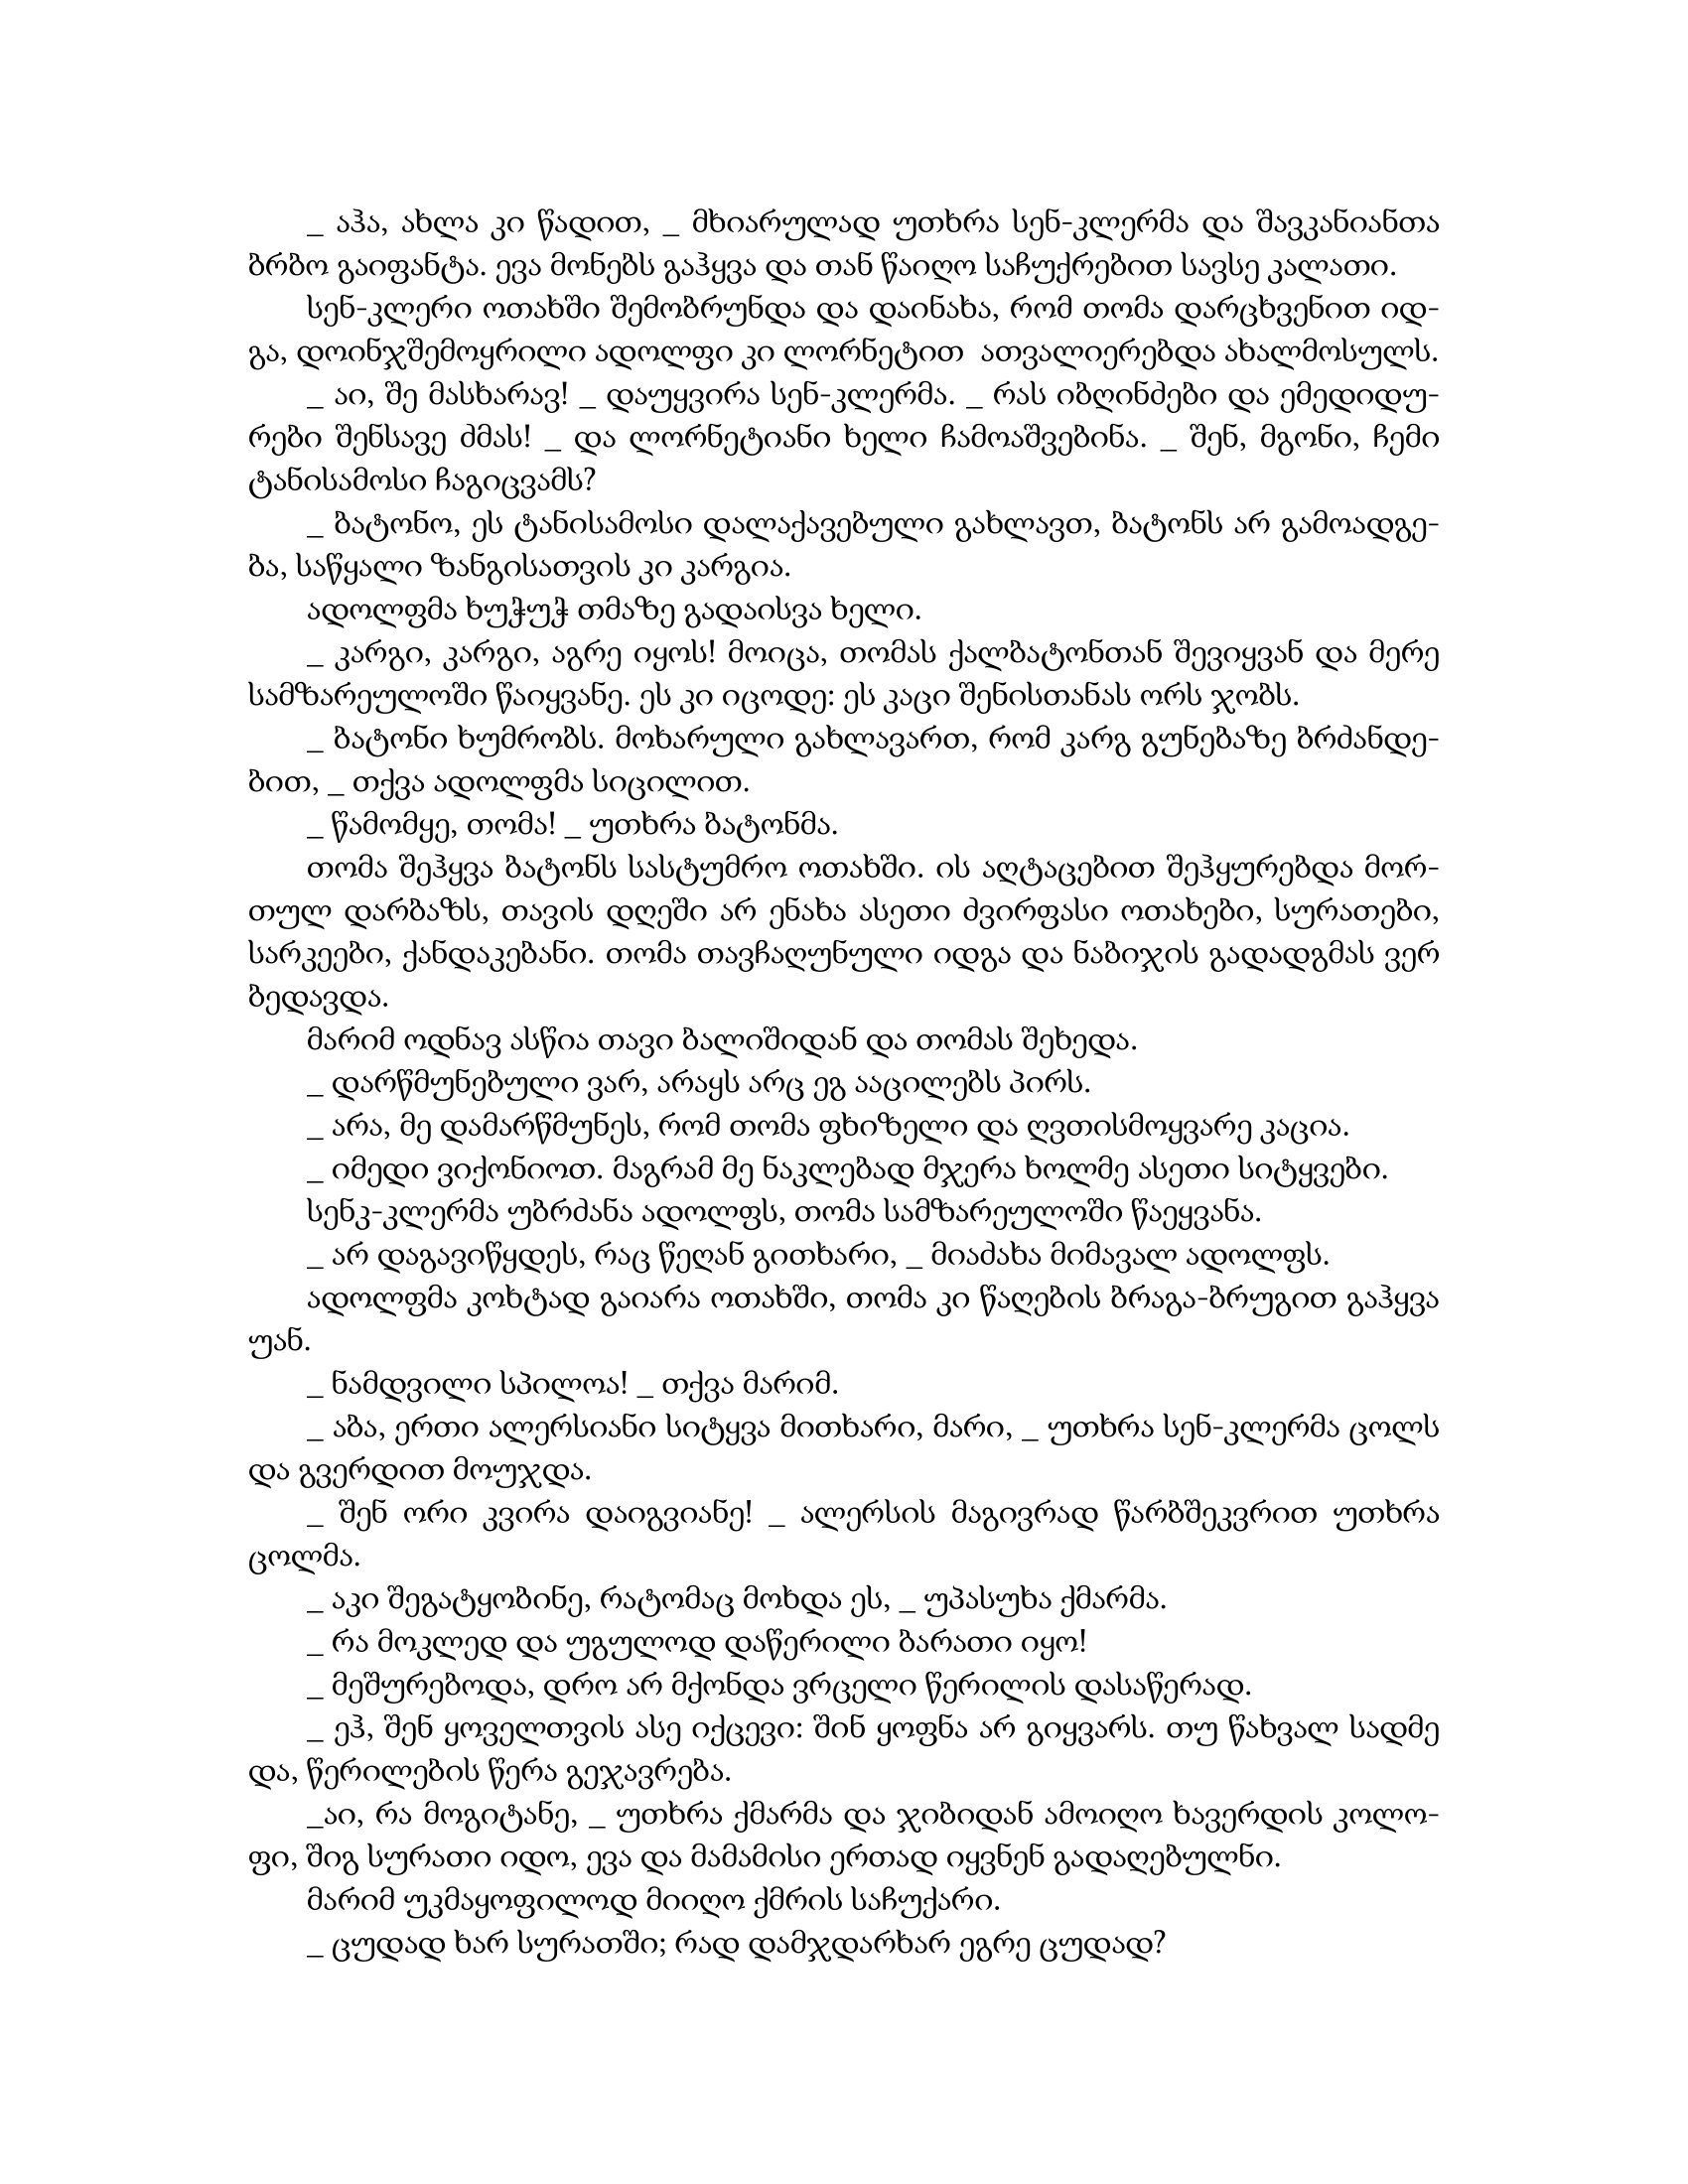
Language: gr